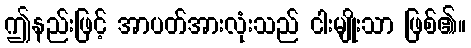
ဤနည်းဖြင့် အာပတ်အားလုံးသည် ငါးမျိုးသာ ဖြစ်၏။